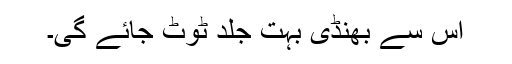
اس سے بھنڈی بہت جلد ٹوٹ جائے گی۔